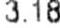
3.18